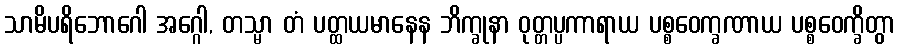
သာမိပရိဘောဂေါ အဂ္ဂေါ, တသ္မာ တံ ပတ္ထယမာနေန ဘိက္ခုနာ ဝုတ္တပ္ပကာရာယ ပစ္စဝေက္ခဏာယ ပစ္စဝေက္ခိတွာ